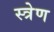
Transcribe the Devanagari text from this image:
स्त्रेण